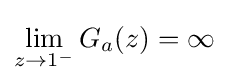
\lim _{z\to 1^{-}}G_{a}(z)=\infty